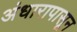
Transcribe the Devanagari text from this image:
अंधारापासून